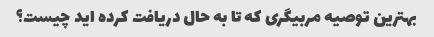
بهترین توصیه مربیگری که تا به حال دریافت کرده اید چیست؟